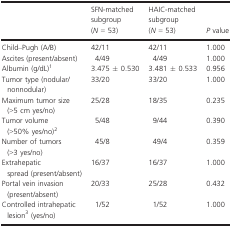
<table><thead><tr><td></td><td><b>SFN-matched subgroup (<i>N</i> = 53)</b></td><td><b>HAIC-matched subgroup (<i>N</i> = 53)</b></td><td><b><i>P</i> value</b></td></tr></thead><tbody><tr><td>Child–Pugh (A/B)</td><td>42/11</td><td>42/11</td><td>1.000</td></tr><tr><td>Ascites (present/absent)</td><td>4/49</td><td>4/49</td><td>1.000</td></tr><tr><td>Albumin (g/dL)1</td><td>3.475 ± 0.530</td><td>3.481 ± 0.533</td><td>0.956</td></tr><tr><td>Tumor type (nodular/nonnodular)</td><td>33/20</td><td>33/20</td><td>1.000</td></tr><tr><td>Maximum tumor size (&gt;5 cm yes/no)</td><td>25/28</td><td>18/35</td><td>0.235</td></tr><tr><td>Tumor volume (&gt;50% yes/no)2</td><td>5/48</td><td>9/44</td><td>0.390</td></tr><tr><td>Number of tumors (&gt;3 yes/no)</td><td>45/8</td><td>49/4</td><td>0.359</td></tr><tr><td>Extrahepatic spread (present/absent)</td><td>16/37</td><td>16/37</td><td>1.000</td></tr><tr><td>Portal vein invasion (present/absent)</td><td>20/33</td><td>25/28</td><td>0.432</td></tr><tr><td>Controlled intrahepatic lesion3 (yes/no)</td><td>1/52</td><td>1/52</td><td>1.000</td></tr></tbody></table>